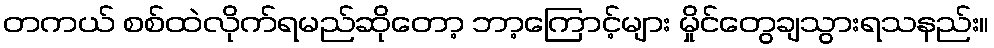
တကယ် စစ်ထဲလိုက်ရမည်ဆိုတော့ ဘာ့ကြောင့်များ မှိုင်တွေချသွားရသနည်း။